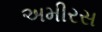
અમીરસ